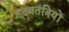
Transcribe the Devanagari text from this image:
हृदयतंत्रियों